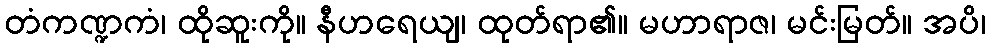
တံကဏ္ဍကံ၊ ထိုဆူးကို။ နီဟရေယျ၊ ထုတ်ရာ၏။ မဟာရာဇ၊ မင်းမြတ်။ အပိ၊